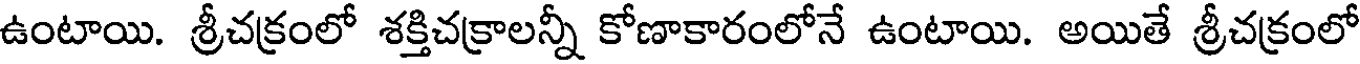
ఉంటాయి. శ్రీచక్రంలో శక్తిచక్రాలన్నీ కోణాకారంలోనే ఉంటాయి. అయితే శ్రీచక్రంలో